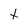
Character: t